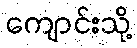
ကျောင်းသို့